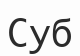
Суб